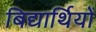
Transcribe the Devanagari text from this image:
बिद्यार्थियों